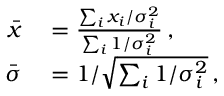
\begin{array} { r l } { \bar { x } } & { { } = \frac { \sum _ { i } x _ { i } / \sigma _ { i } ^ { 2 } } { \sum _ { i } 1 / \sigma _ { i } ^ { 2 } } \, , } \\ { \bar { \sigma } } & { { } = 1 / \sqrt { \sum _ { i } 1 / \sigma _ { i } ^ { 2 } } \, , } \end{array}